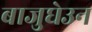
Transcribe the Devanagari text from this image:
बाजुघेउन